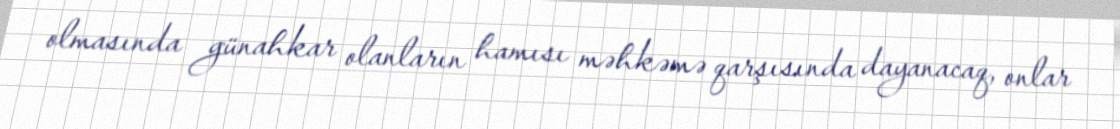
olmasında günahkar olanların hamısı məhkəmə qarşısında dayanacaq, onlar